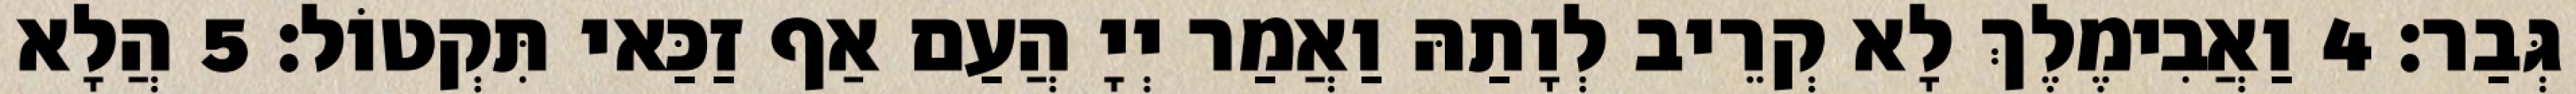
גְּבַר׃ 4 וַאֲבִימֶלֶךְ לָא קְרֵיב לְוָתַהּ וַאֲמַר יְיָ הֲעַם אַף זַכַּאי תִּקְטוֹל׃ 5 הֲלָא